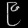
Digit: ၉